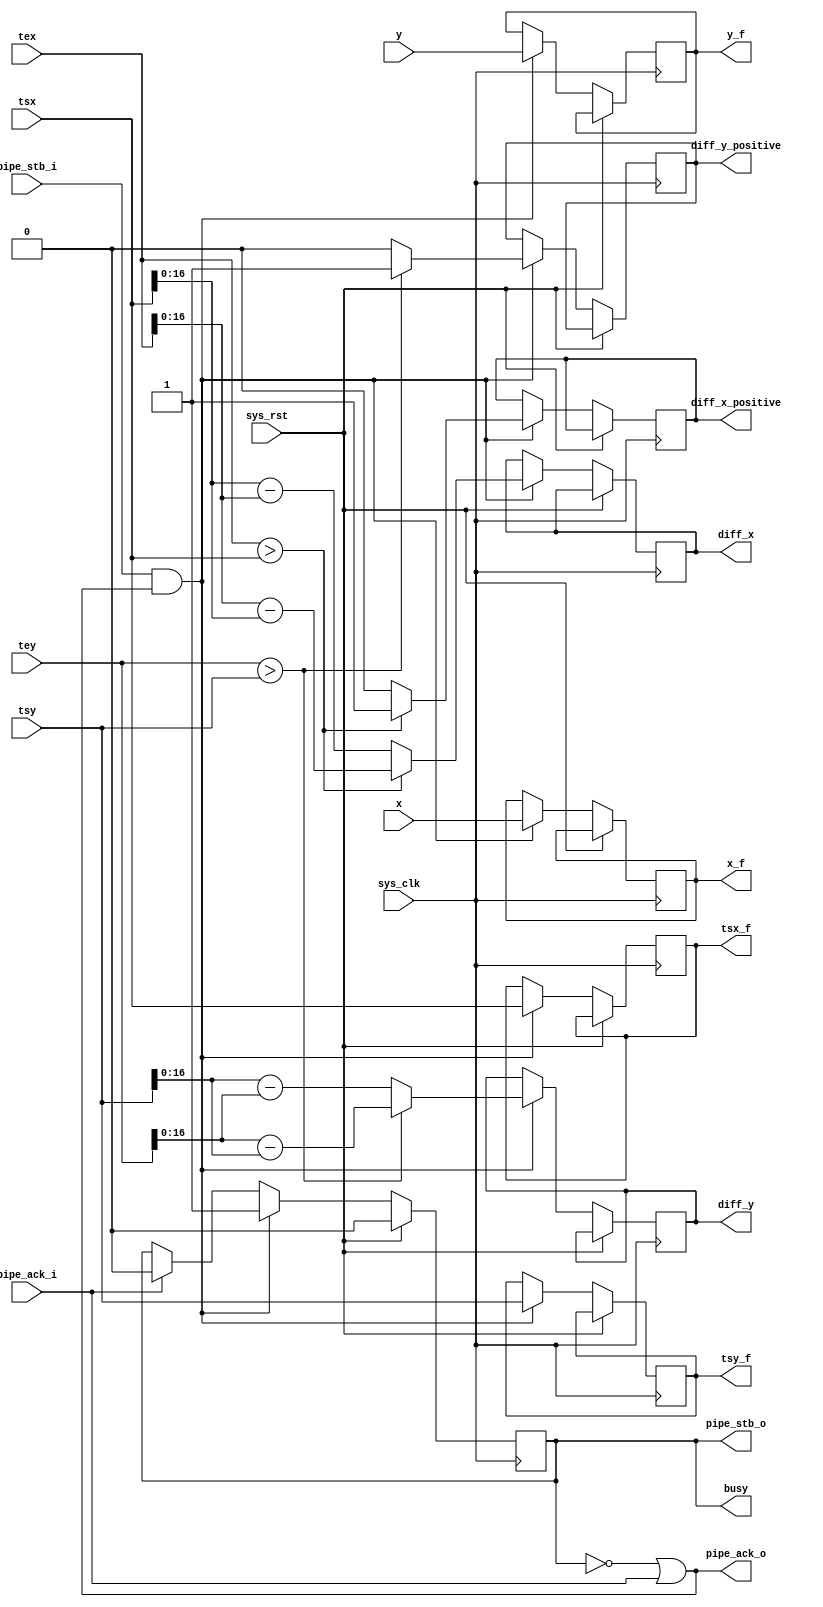
module tmu2_hdivops(
	input sys_clk,
	input sys_rst,

	output busy,

	input pipe_stb_i,
	output pipe_ack_o,
	input signed [11:0] x,
	input signed [11:0] y,
	input signed [17:0] tsx,
	input signed [17:0] tsy,
	input signed [17:0] tex,
	input signed [17:0] tey,

	output reg pipe_stb_o,
	input pipe_ack_i,
	output reg signed [11:0] x_f,
	output reg signed [11:0] y_f,
	output reg signed [17:0] tsx_f,
	output reg signed [17:0] tsy_f,
	output reg diff_x_positive,
	output reg [16:0] diff_x,
	output reg diff_y_positive,
	output reg [16:0] diff_y
);

always @(posedge sys_clk) begin
	if(sys_rst)
		pipe_stb_o <= 1'b0;
	else begin
		if(pipe_ack_i)
			pipe_stb_o <= 1'b0;
		if(pipe_stb_i & pipe_ack_o) begin
			pipe_stb_o <= 1'b1;
			if(tex > tsx) begin
				diff_x_positive <= 1'b1;
				diff_x <= tex - tsx;
			end else begin
				diff_x_positive <= 1'b0;
				diff_x <= tsx - tex;
			end
			if(tey > tsy) begin
				diff_y_positive <= 1'b1;
				diff_y <= tey - tsy;
			end else begin
				diff_y_positive <= 1'b0;
				diff_y <= tsy - tey;
			end
			x_f <= x;
			y_f <= y;
			tsx_f <= tsx;
			tsy_f <= tsy;
		end
	end
end

assign pipe_ack_o = ~pipe_stb_o | pipe_ack_i;

assign busy = pipe_stb_o;

endmodule